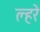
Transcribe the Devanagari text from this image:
ल्हरे